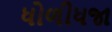
ધોળીધજા